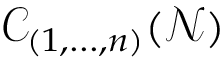
\mathscr { C } _ { ( 1 , . . . , n ) } ( \mathcal { N } )